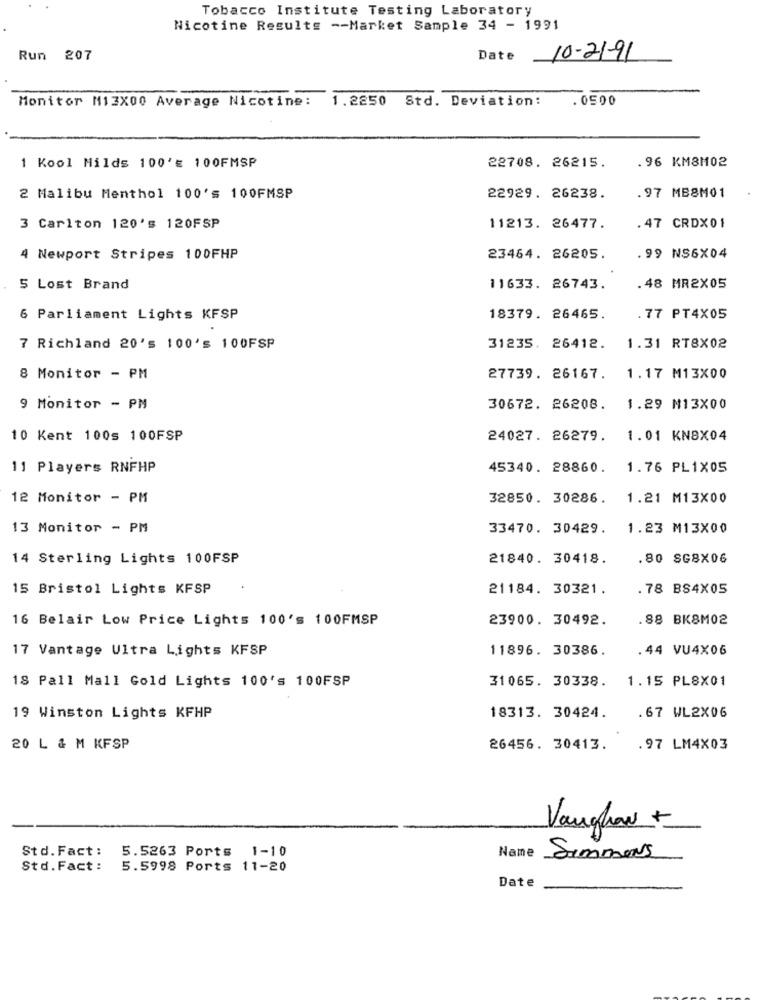
Tobacco Institute Testing Laboratory
Nicotine Results -- Market Sample 34 - 1991
Run 207
Date 10-21-91
Monitor M13X00 Average Nicotine: 1.2250 Std. Deviation:
.0500
.96 KM8M02
1 Kool Milds 100'E 100FMSP
22708. 26215.
.97 MB8M01
2 Malibu Menthol 100's 100FMSP
22929. 26238.
3 Carlton 120's 120FSP
11213. 26477.
. 47 CRDX01
4 Newport Stripes 100FHP
23464. 26205.
99 NS6X04
5 Lost Brand
11633. 26743.
.48 MR2X05
6 Parliament Lights KFSP
18379. 26465.
.77 PT4X05
7 Richland 20's 100's 100FSP
31235. 26412.
1.31 RT8X02
8 Monitor - PM
27739. 26167.
1.17 M13X00
9 Monitor - PM
30672. 26208.
1.29 M13X00
10 Kent 100s 100FSP
24027. 26279. 1.01 KN8X04
11 Players RNFHP
45340. 28860.
1.76 PL1X05
12 Monitor - PM
32850. 30286.
1.21 M13X00
13 Monitor - PM
33470. 30429.
1.23 M13X00
14 Sterling Lights 100FSP
21840. 30418.
.80 SG8X06
15 Bristol Lights KFSP
21184. 30321.
. 78 BS4X05
16 Belair Low Price Lights 100's 100FMSP
23900. 30492.
.88 BK8M02
17 Vantage Ultra Lights KFSP
11896. 30386.
.44 VU4X06
18 Pall Mall Gold Lights 100's 100FSP
31065. 30338.
1.15 PL8X01
19 Winston Lights KFHP
18313. 30424.
.67 WL2X06
20 L & M KFSP
26456. 30413.
.97 LM4X03
Vaughan +
Std. Fact :
5.5263 Ports 1-10
Name
Simmons
Std.Fact :
5.5998 Ports 11-20
Date